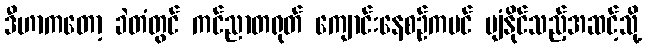
ဒီဟာကတော့ ခဲတံတွင် ကင်ညာတရုတ် ကျောင်းနေစဉ်ကပင် ပျံနိုင်သည့်အဆင့်သို့